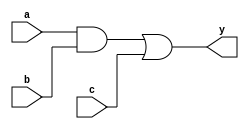
module simple_continuous_assignment (
    input wire a,        // First input signal
    input wire b,        // Second input signal
    input wire c,        // Third input signal
    output wire y        // Output signal
);

// Continuous assignment for output y based on inputs a, b, and c
assign y = (a & b) | c; // y is true if both a and b are true, or if c is true

endmodule